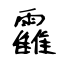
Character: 靃